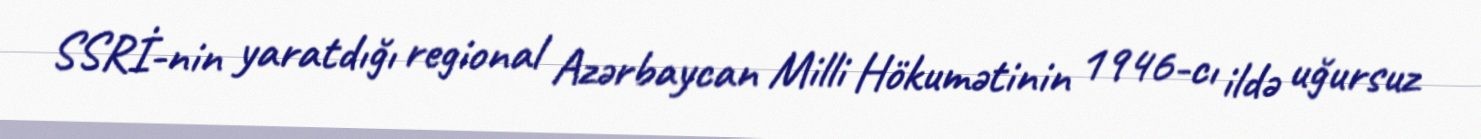
SSRİ-nin yaratdığı regional Azərbaycan Milli Hökumətinin 1946-cı ildə uğursuz